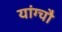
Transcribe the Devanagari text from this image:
यांग्चौ